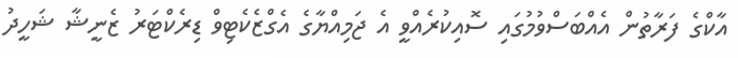
އާކްގެ ފަރާތުން އެއްބަސްވުމުގައި ސޮއިކުރެއްވީ އެ ޖަމިއްޔާގެ އެގްޒެކެޓިވް ޑިރެކްޓަރު ޒެނީޝާ ޝަހީދު